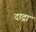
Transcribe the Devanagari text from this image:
दाद्रा